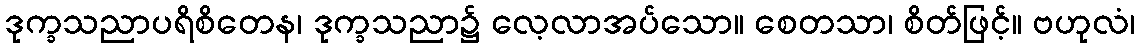
ဒုက္ခသညာပရိစိတေန၊ ဒုက္ခသညာ၌ လေ့လာအပ်သော။ စေတသာ၊ စိတ်ဖြင့်။ ဗဟုလံ၊